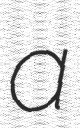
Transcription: a